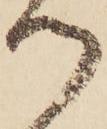
つ